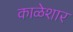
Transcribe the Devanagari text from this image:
काळेशार